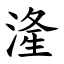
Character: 湰